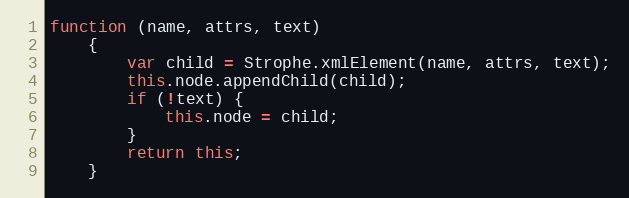
Language: JavaScript
function (name, attrs, text)
    {
        var child = Strophe.xmlElement(name, attrs, text);
        this.node.appendChild(child);
        if (!text) {
            this.node = child;
        }
        return this;
    }